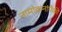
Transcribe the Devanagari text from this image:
नामांकनांपैकी